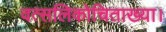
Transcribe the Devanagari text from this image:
वत्सलिकोचिताख्या।